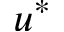
u ^ { * }